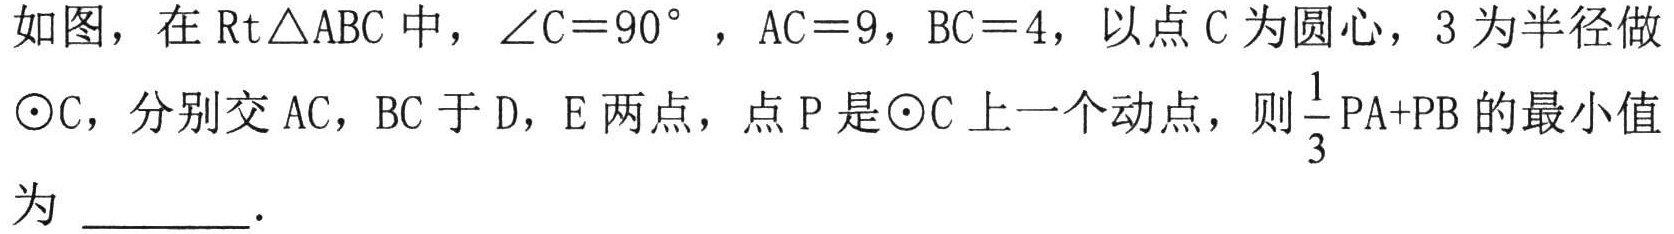
如图，在$\text{Rt}\triangle ABC$中，$\angle C = 90^{\circ}$，$AC = 9$，$BC = 4$，以点$C$为圆心，$3$为半径做$\odot C$，分别交$AC$，$BC$于$D$，$E$两点，点$P$是$\odot C$上一个动点，则$\dfrac{1}{3}PA + PB$的最小值为  ．